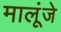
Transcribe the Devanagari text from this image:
मालूंजे